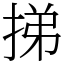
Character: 挮